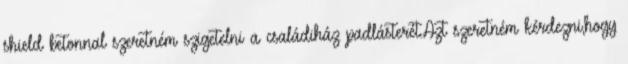
shield betonnal szeretném szigetelni a családiház padlásterét.Azt szeretném kérdezni,hogy